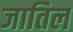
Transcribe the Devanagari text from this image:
जातिल